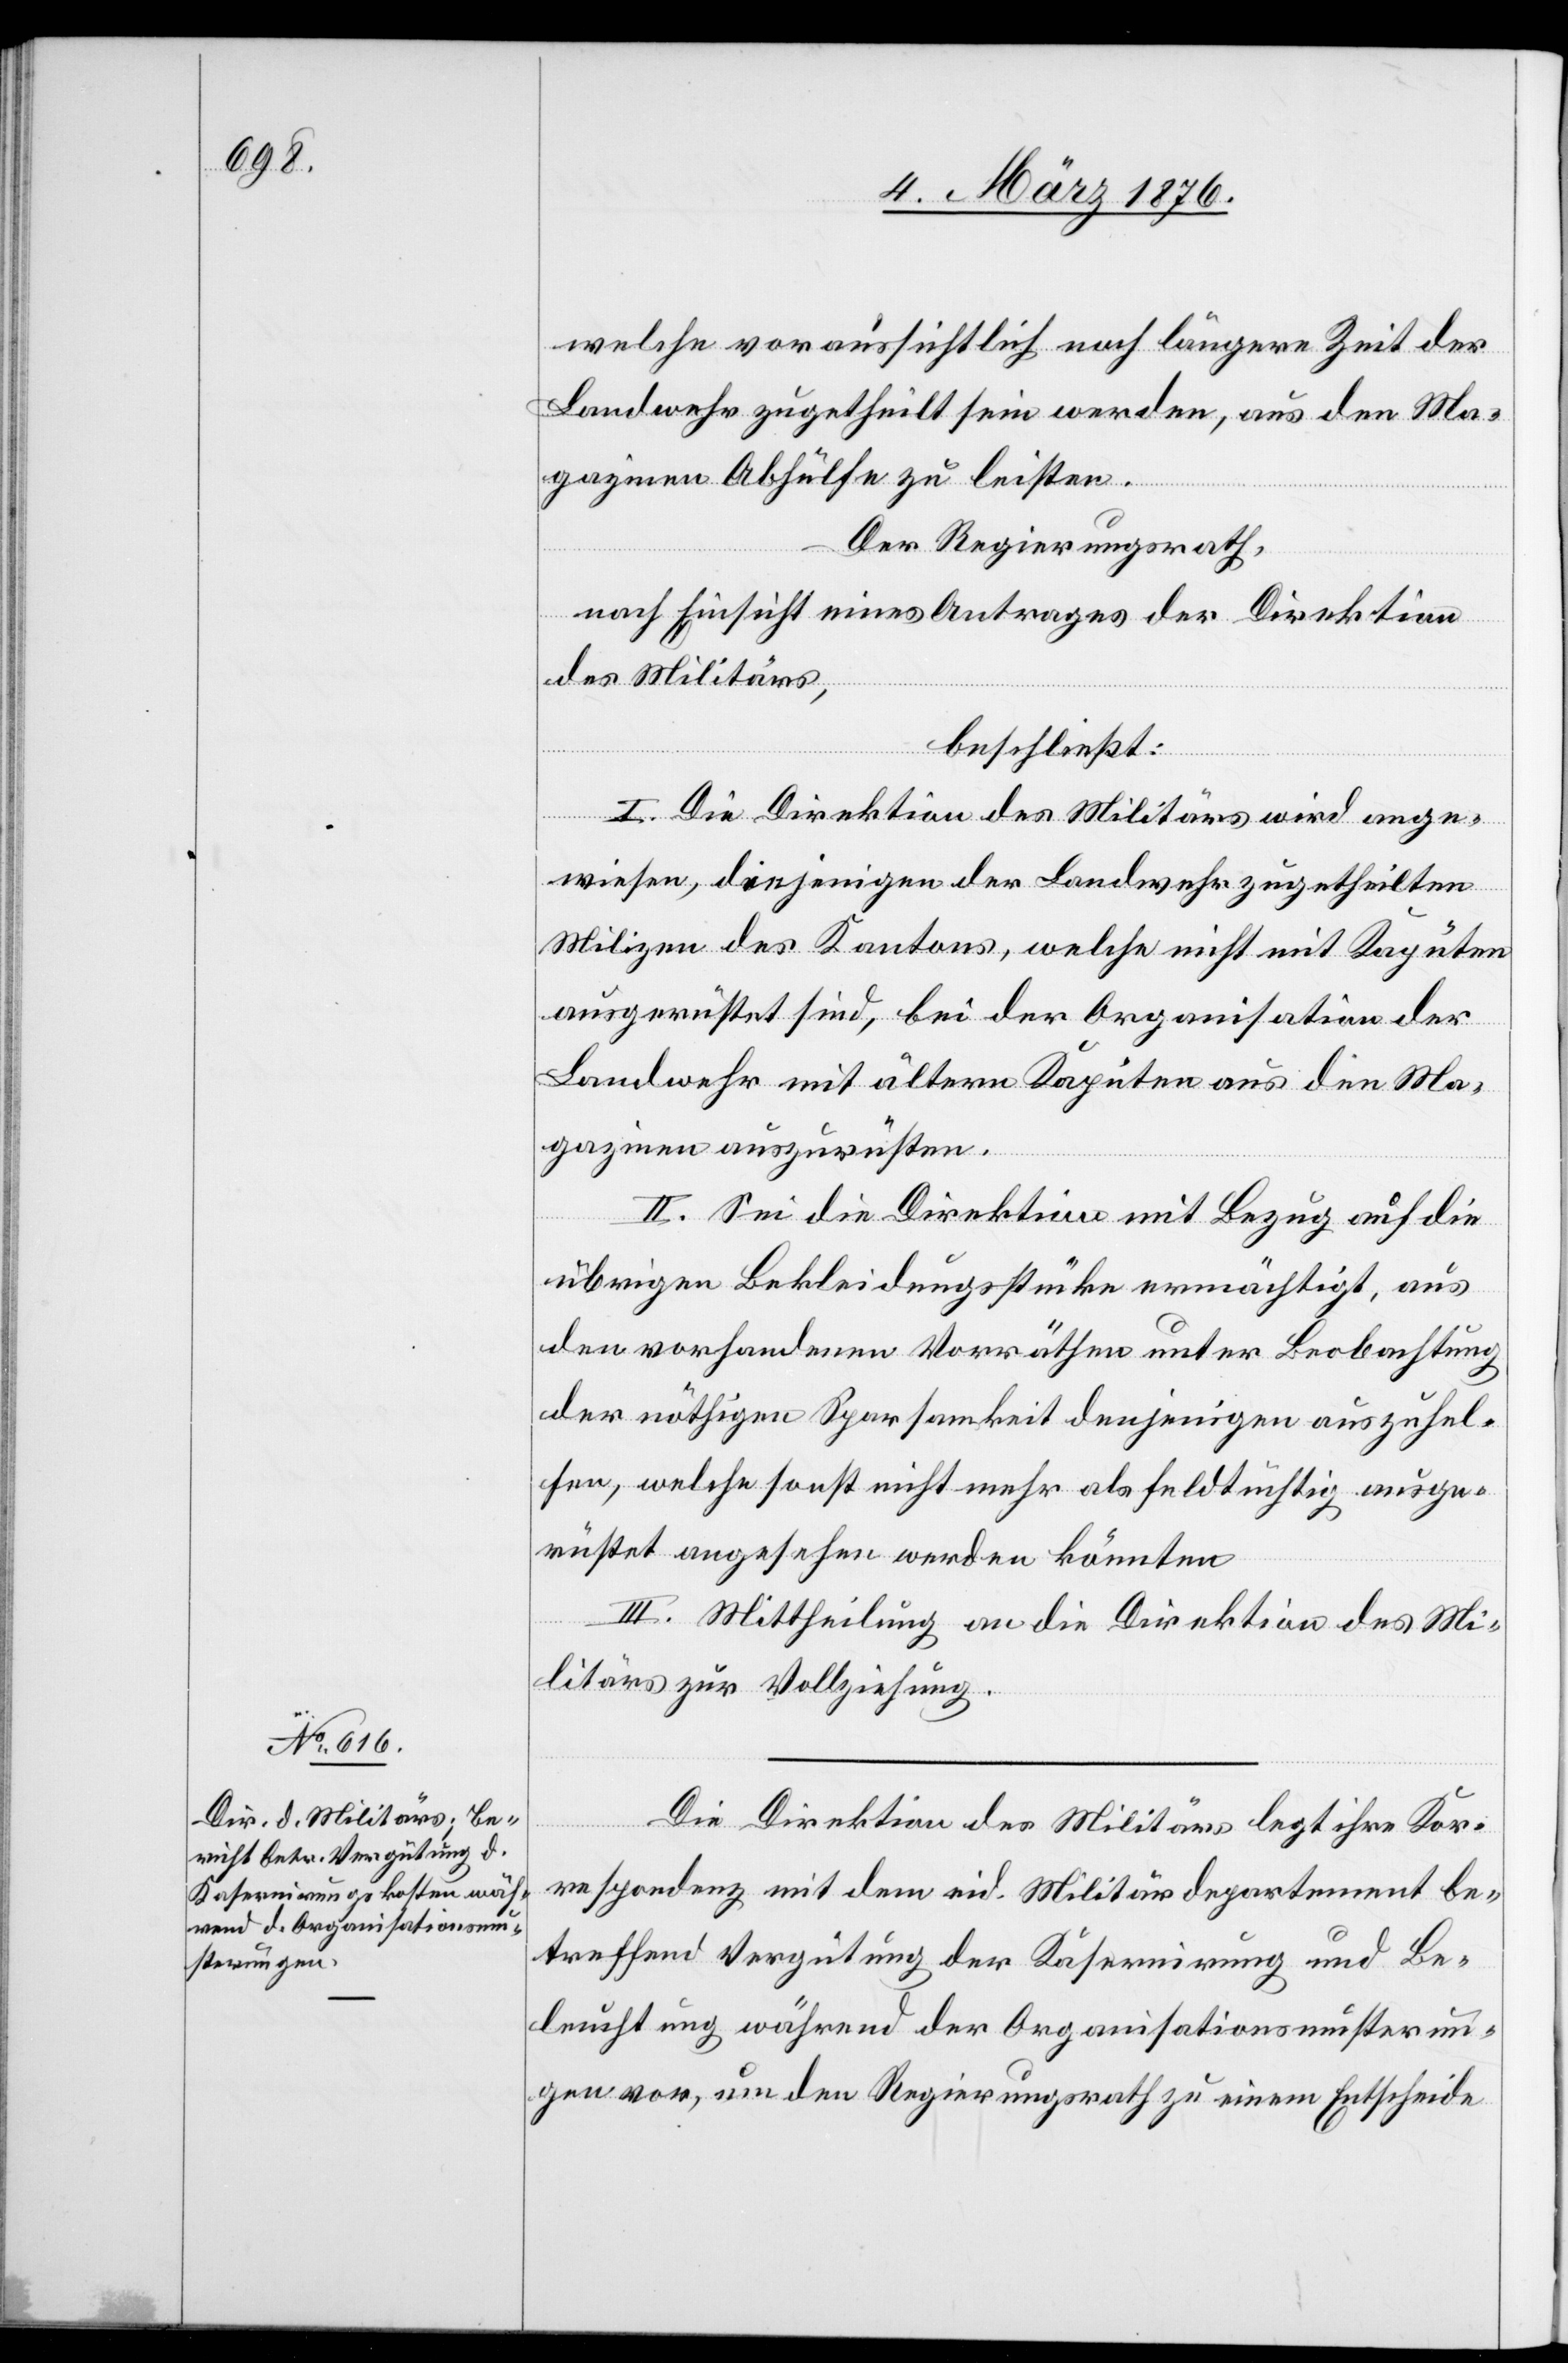
welche voraussichtlich noch längere Zeit der
Landwehr zugetheilt sein werden, aus den Ma¬
gazinen Abhülfe zu leisten.
Der Regierungsrath,
nach Einsicht eines Antrages der Direktion
des Militärs,
beschließt:
I. Die Direktion des Militärs wird ange¬
wiesen, diejenigen der Landwehr zugetheilten
Milizen des Kantons, welche nicht mit Kaputen
ausgerüstet sind, bei der Organisation der
Landwehr mit ältern Kaputen aus den Ma¬
gazinen auszurüsten.
II. Sei die Direktion mit Bezug auf die
übrigen Bekleidungstücke ermächtigt, aus
den vorhandenen Vorräthen unter Beobachtung
der nöthigen Sparsamkeit denjenigen auszuhel¬
fen, welche sonst nicht mehr als feldtüchtig ausge¬
rüstet angesehen werden könnten[.]
III. Mittheilung an die Direktion des Mi¬
litärs zur Vollziehung.
Die Direktion des Militärs legt ihre Kor¬
respondenz mit dem eid. Militärdepartement be¬
treffend Vergütung der Kasernirung und Be¬
leuchtung während der Organisationsmusterun¬
gen vor, um den Regierungsrath zu einem Entscheide